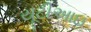
યૂટીઆઇ